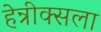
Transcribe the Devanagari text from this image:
हेन्रीक्सला